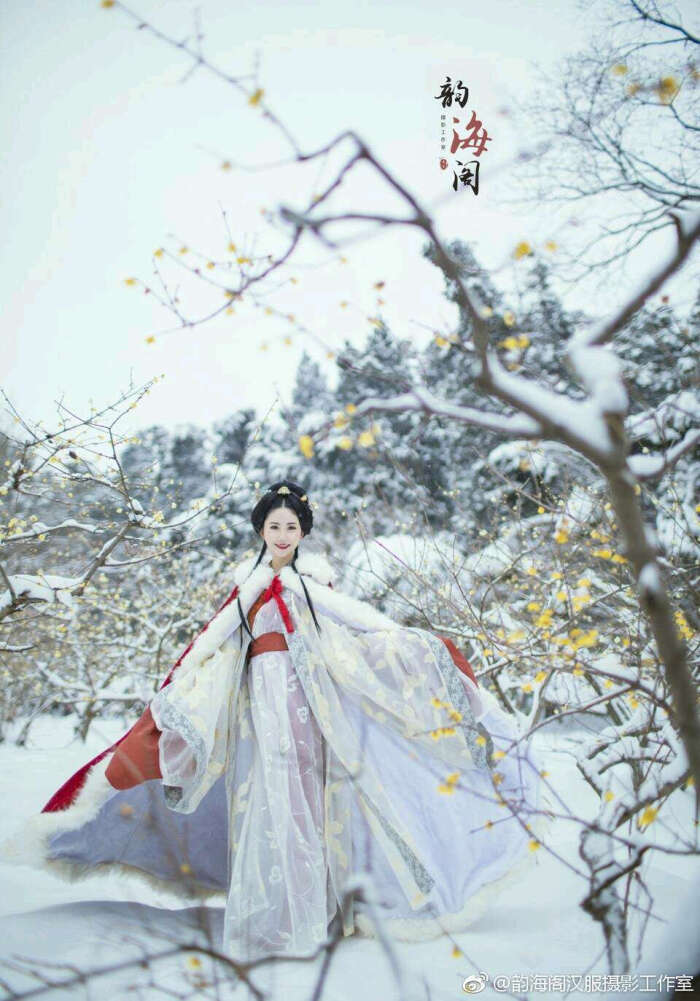
入世冷挑红雪去，离尘香割紫云来。